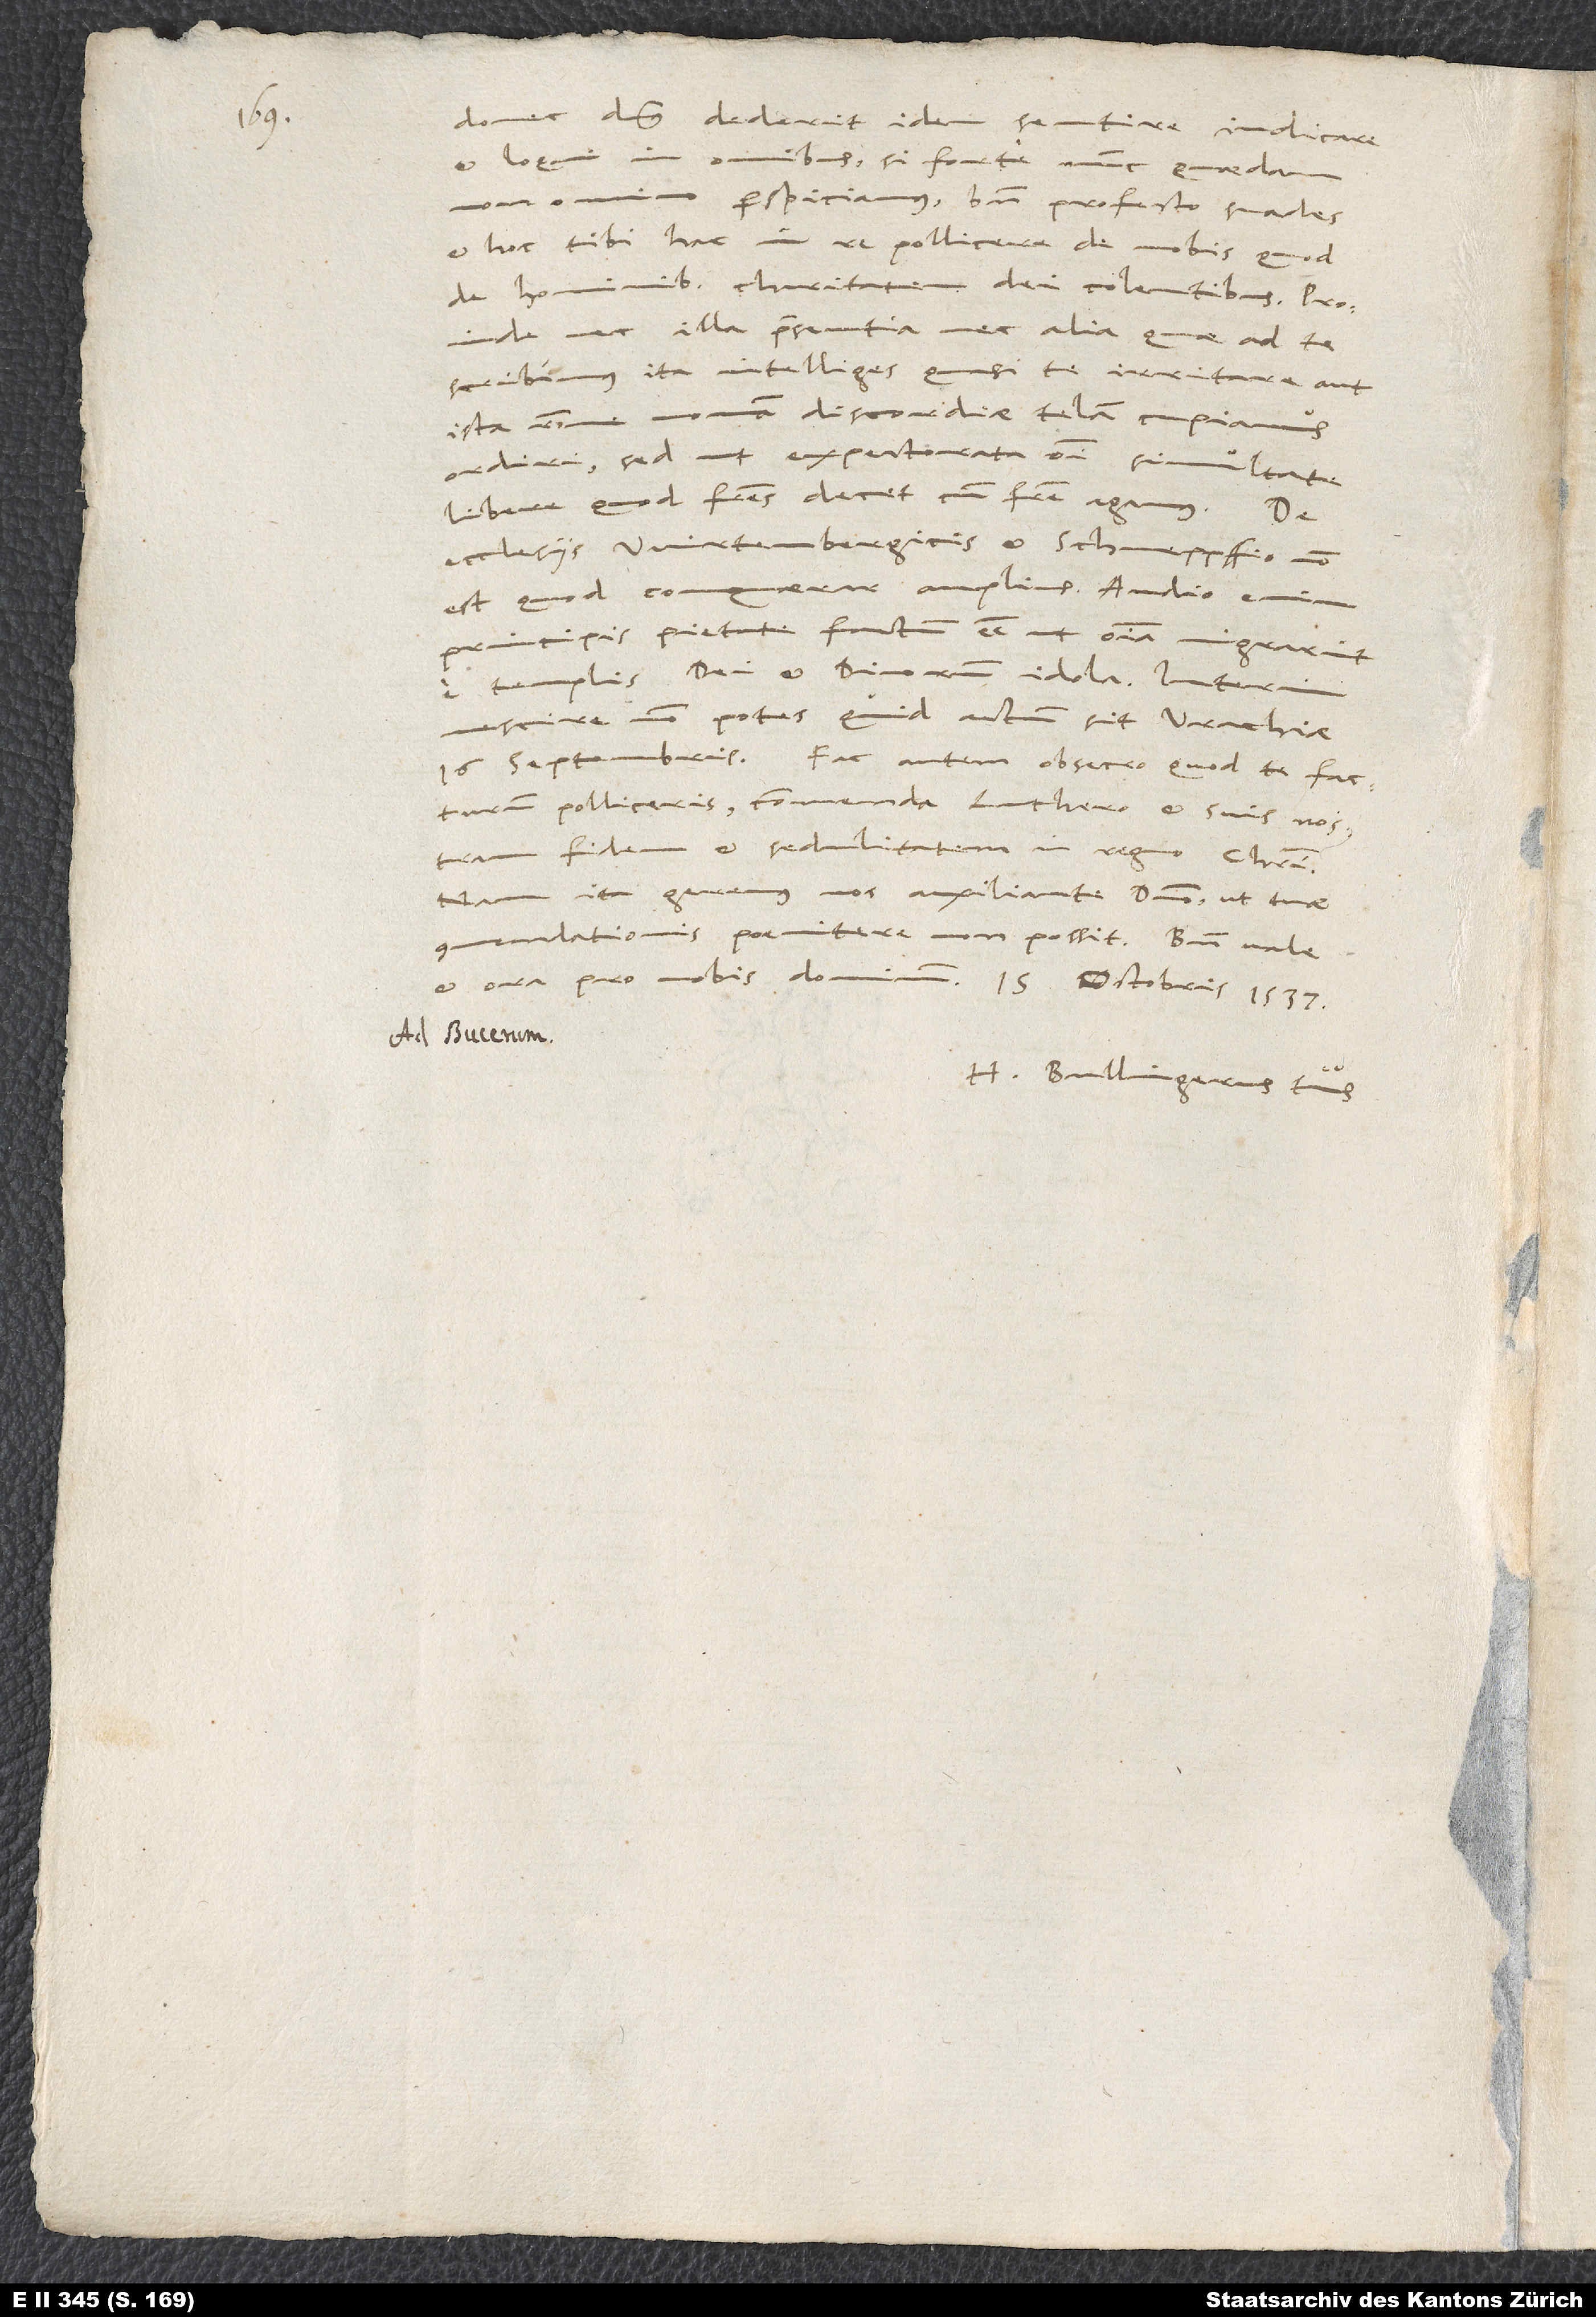
16.

donec dominus dederit idem sentire, iudicare
omnino perspiciamus, recte profecto suades,
et hoc tibi hac in re pollicere de nobis, quod
de hominibus charitatem dei colentibus. Proinde
nec illa praesentia nec alia, quae ad te
scribimus, ita intelliges, quasi te irritare aut
ista ratione novam discordiae telam cupiamus
ordiri, sed ut expectorata omni simultate
ecclesiis Wirtembergicis et Schneppffio non
est, quod conquerar amplius. Audio enim
principis pietate factum esse, ut omnia migrarint
e templis dei et divorum idola. Interim
fidem et sedulitatem in regno Christi.
H. Bullingerus tuus.